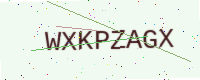
Text: WXKPZAGX